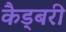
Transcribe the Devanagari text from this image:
कैड्बरी